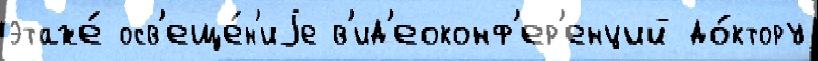
этаже́ осв'еще́н'иjе в'ид'еоконф'ер'енций до́ктору